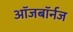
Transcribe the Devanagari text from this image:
ऑजबॉर्नज